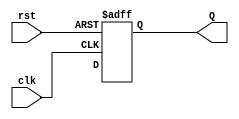
module counter (clk,Q,rst);

input clk,rst;
output [4:0] Q;

reg [4:0] Q;

wire [4:0] inc_one,inc_two,inc_val,op;
wire gt3,lt31,eq31,s1;

always @(posedge clk or posedge rst)
begin
	if (rst) Q<=0;
	else Q <= op;
end

`ifdef DF
assign inc_one=Q+5'd1;
assign inc_two=Q+5'd2;

assign gt3 = (Q>5'd2);
assign lt31 = (Q<5'd31);
assign eq31 = (Q==5'd31);

and G1 (s1,gt3,lt31);

assign inc_val = s1?inc_two:inc_one;

assign op = eq31?5'd0:inc_val;
`endif

`ifdef STRUCT //517
//5 bit adder
add5 A1 (inc_one,Q,5'd1); //30
// 5 bit adder
add5 A2 (inc_two,Q,5'd2); //30

//5 bit comp
comp8 C1 (gt3,eq3,lt3,{3'd0,Q},8'd2); //208
//5 bit comp
comp8 C2 (gt31,eq31,lt31,{3'd0,Q},8'd31); //208
//5 bit comp

//and gate
and G1 (s1,gt3,lt31); //1

//5bit mux
mux5 M1 (inc_val,s1,inc_two,inc_one); //20
//5 bit mux
mux5 M2 (op,eq31,5'd0,inc_val); //20
`endif

endmodule